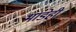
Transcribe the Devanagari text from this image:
भाडेही